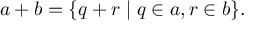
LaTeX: a + b = \{ q + r \mid q \in a , r \in b \} .